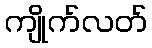
ကျိုက်လတ်